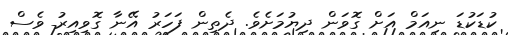
ކުޑަކުޑަ ނިއަމް އަށް ގޮވަން ދިޔުމަށެވެ. ދެތިން ފަހަރު އޭނާ ގޮވިއިރު ވެސް